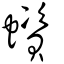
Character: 蠀